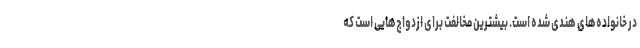
در خانواده‌های هندی شده است. بیشترین مخالفت برای ازدواج‌هایی است که